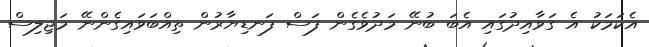
އެކަމަކު އެ ގަވާއިދުގައި އެބަ ބުނޭ މަދުވެގެން ފަސް ފަނޑިޔާރުން ތިއްބަވައިގެންނޭ މަޖިލިސް